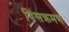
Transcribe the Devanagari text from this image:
विंसक्रमण